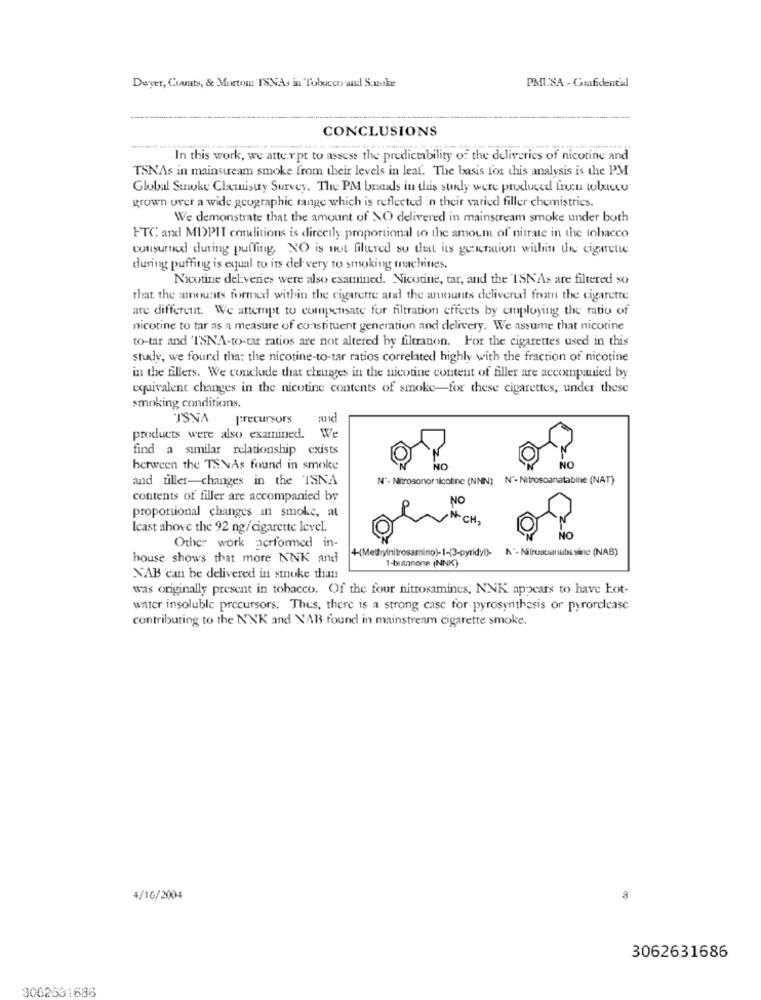
PMUSA - Confidential
Dwyer, County, & Mortos: 'ISNAs in Tobacco and Suoke
CONCLUSIONS
In this work, we atte.r.pt to assess the predictability of the deliveries of nicotine and
TSNAs in mainstream smoke from their levels in leal. The basis for this analysis is the PM
Global Sunvky Chemistry Survey. The PM brands in this study were produced inen tulxico
grown over a wide geographic range which is reflected in their varied filler chemistrics.
We demonstrate that the amount of NO delivered in mainstream smoke under both
HTC and MIPIT conditions is directly proportional to the amount of nitrate in the tobacco
consurnud during puffing. NO is not filtered so that its generation within the cigarette
during puffing is equal to its del very to smoking machities.
Nicotine deliveries were also examined. Nicotine, tar, and the TSN'As are filtered so
that the amounts formed within the cigaretre and the amounts delivered from the cigarette
are different. We attempt to compensate for filtration effects by employing the ratio of
nicotine to tar as a measure of constituent generation and delivery. We assume that nicotine
to-tar and 'I'SNA-to-tar ratios are not altered by filtration. For the cigarettes used in this
study, we found tha: the nicotine-to-tar ratios correlated highly with the fraction of nicotine
in the fillers. We conclude that changes in the nicotine content of filler are accompanied by
equivalent changes in the nicotine contents of smoke-for these cigarettes, under these
smoking conditions.
JSNA
precursors
products were also examined.
We
find a similar relationship exists
between the TSNAs found in smoke
NO
and tiller-changes in the ISNA
Nº- Nitrosonor nicotine (NNIN)
N'- Nitrosoanatabine (NAT)
contents of filler are accompanied by
NO
proportional changes in smoke, at
CH.
Icast above the 92 ng/cigarette level.
MO
Other work performed in-
4-(Methylnitrosamino)-1-{3-pyridvi)-
N'-Nilruscanubesinc (NAB)
house shows that more NNK and
1-butanone (NNK)
NAB can be delivered in stoke than
was originally present in tobacco. Of the four nitrosamines, NNK appears to have hot-
water insoluble precursors. Thus, there is a strong case for pyrosynthesis or pyrorelease
contributing to the N'YK and NAB found in mainstream cigarette smoke.
4/16/2004
8
3062631686
3062531686